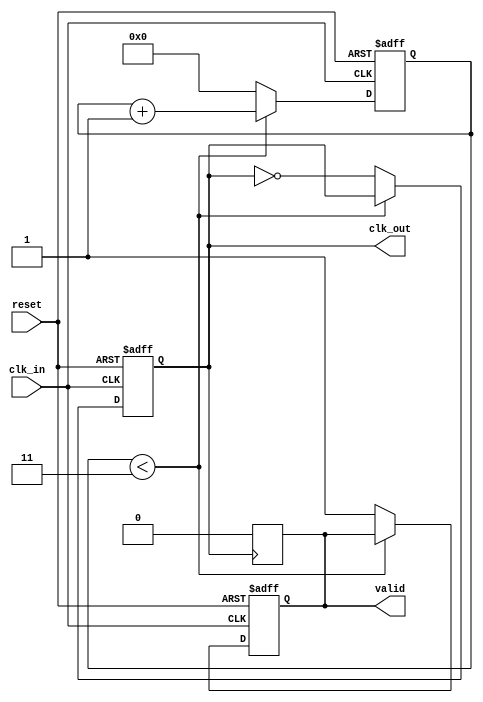
module clock_divider_buffer #(
    parameter DIV_FACTOR = 4  // Default division factor
)(
    input wire clk_in,        // Input clock signal
    input wire reset,         // Asynchronous reset signal
    output reg clk_out,       // Output clock signal
    output reg valid          // Output valid signal
);

    reg [31:0] counter;       // Counter to keep track of clock cycles

    always @(posedge clk_in or posedge reset) begin
        if (reset) begin
            counter <= 0;     // Reset counter
            clk_out <= 0;     // Reset output clock
            valid <= 0;       // Reset valid signal
        end else begin
            if (counter < (DIV_FACTOR - 1)) begin
                counter <= counter + 1; // Increment counter
            end else begin
                counter <= 0;           // Reset counter
                clk_out <= ~clk_out;    // Toggle output clock
                valid <= 1;             // Set valid signal
            end
        end
    end

    // Optional: Reset valid signal after one clock cycle
    always @(posedge clk_out) begin
        valid <= 0; // Clear valid signal after output clock toggles
    end

endmodule